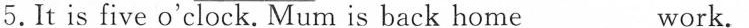
5.It is five o'clock.Mum is back home ___ work.